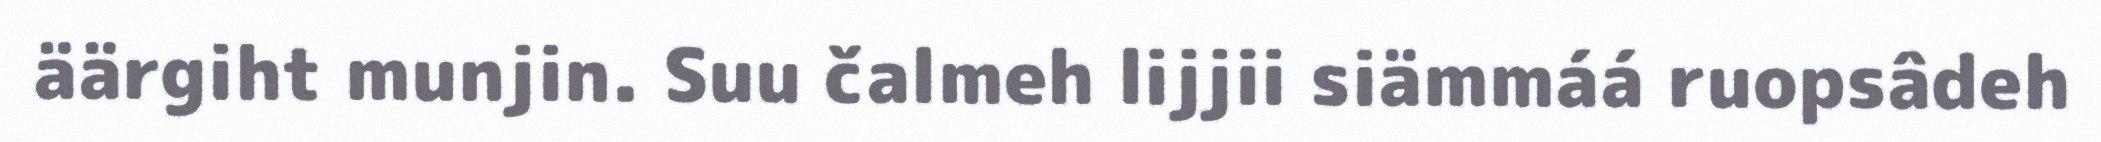
äärgiht munjin. Suu čalmeh lijjii siämmáá ruopsâdeh